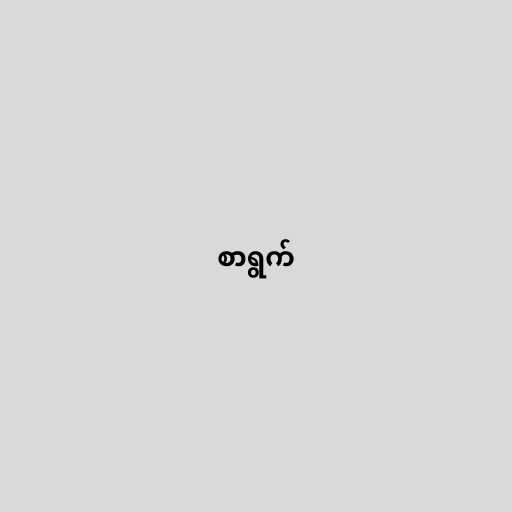
စာရွက်